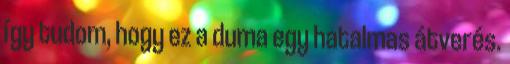
így tudom, hogy ez a duma egy hatalmas átverés.